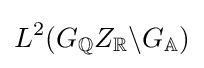
L^{2}(G_{\mathbb {Q} }Z_{\mathbb {R} }\backslash G_{\mathbb {A} })